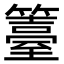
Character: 籉